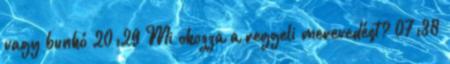
vagy bunkó 20:29 Mi okozza a reggeli merevedést? 07:38